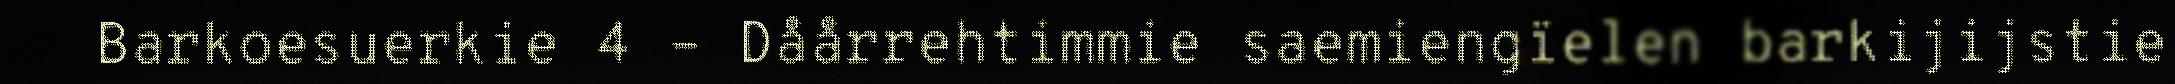
Barkoesuerkie 4 – Dåårrehtimmie saemiengïelen barkijijstie